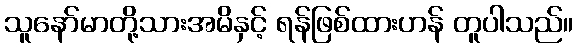
သူနော်မာတို့သားအမိနှင့် ရန်ဖြစ်ထားဟန် တူပါသည်။